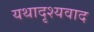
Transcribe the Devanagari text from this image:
यथादृश्यवाद